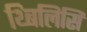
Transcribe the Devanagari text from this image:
थ्बिलिसि